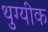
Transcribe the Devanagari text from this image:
थुग्यीक